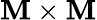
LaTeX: \mathbf{M}\times\mathbf{M}